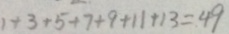
1 + 3 + 5 + 7 + 9 + 1 1 + 1 3 = 4 9